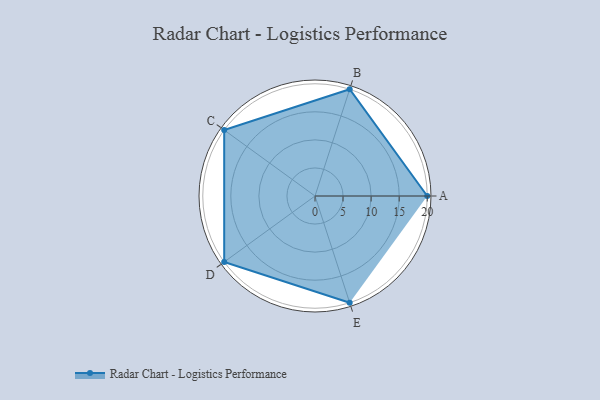
{"axis": {"x": "Skill", "y": "Score"}, "legend": ["Profile"], "data": [{"x": "A", "y": 20, "type": "Profile"}, {"x": "B", "y": 20, "type": "Profile"}, {"x": "C", "y": 20, "type": "Profile"}, {"x": "D", "y": 20, "type": "Profile"}, {"x": "E", "y": 20, "type": "Profile"}]}